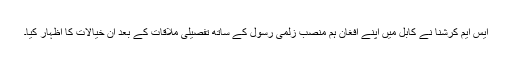
ایس ایم کرشنا نے کابل میں اپنے افغان ہم منصب زلمی رسول کے ساتھ تفصیلی ملاقات کے بعد ان خیالات کا اظہار کیا۔